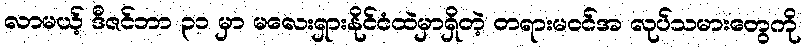
လာမယ့် ဒီဇင်ဘာ ၃၁ မှာ မလေးရှားနိုင်ငံထဲမှာရှိတဲ့ တရားမဝင်အ လုပ်သမားတွေကို